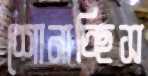
শোনাচ্ছিস